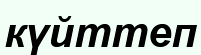
күйттеп